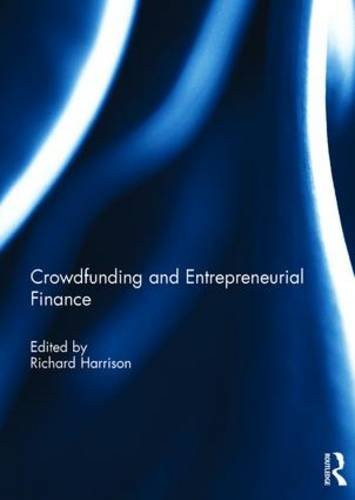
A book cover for Crowdfunding and Entrepreneurial Finance; Business & Money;